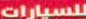
للسيارات